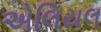
એલિયલ